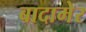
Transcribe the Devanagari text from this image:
बादामेर